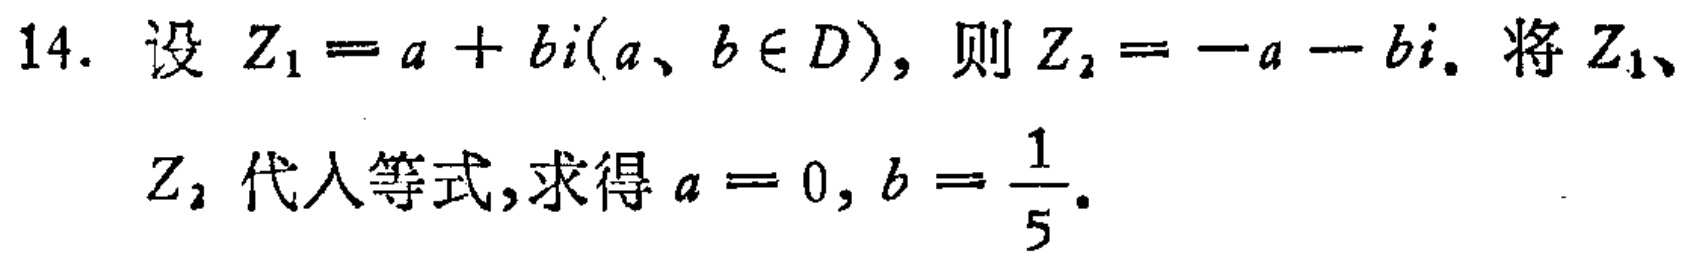
14. 设 \(Z_1 = a + bi(a,b\in D)\)，则 \(Z_2=-a - bi\)。将 \(Z_1\)、

\(Z_2\) 代入等式,求得 \(a = 0\), \(b=\frac{1}{5}\)。